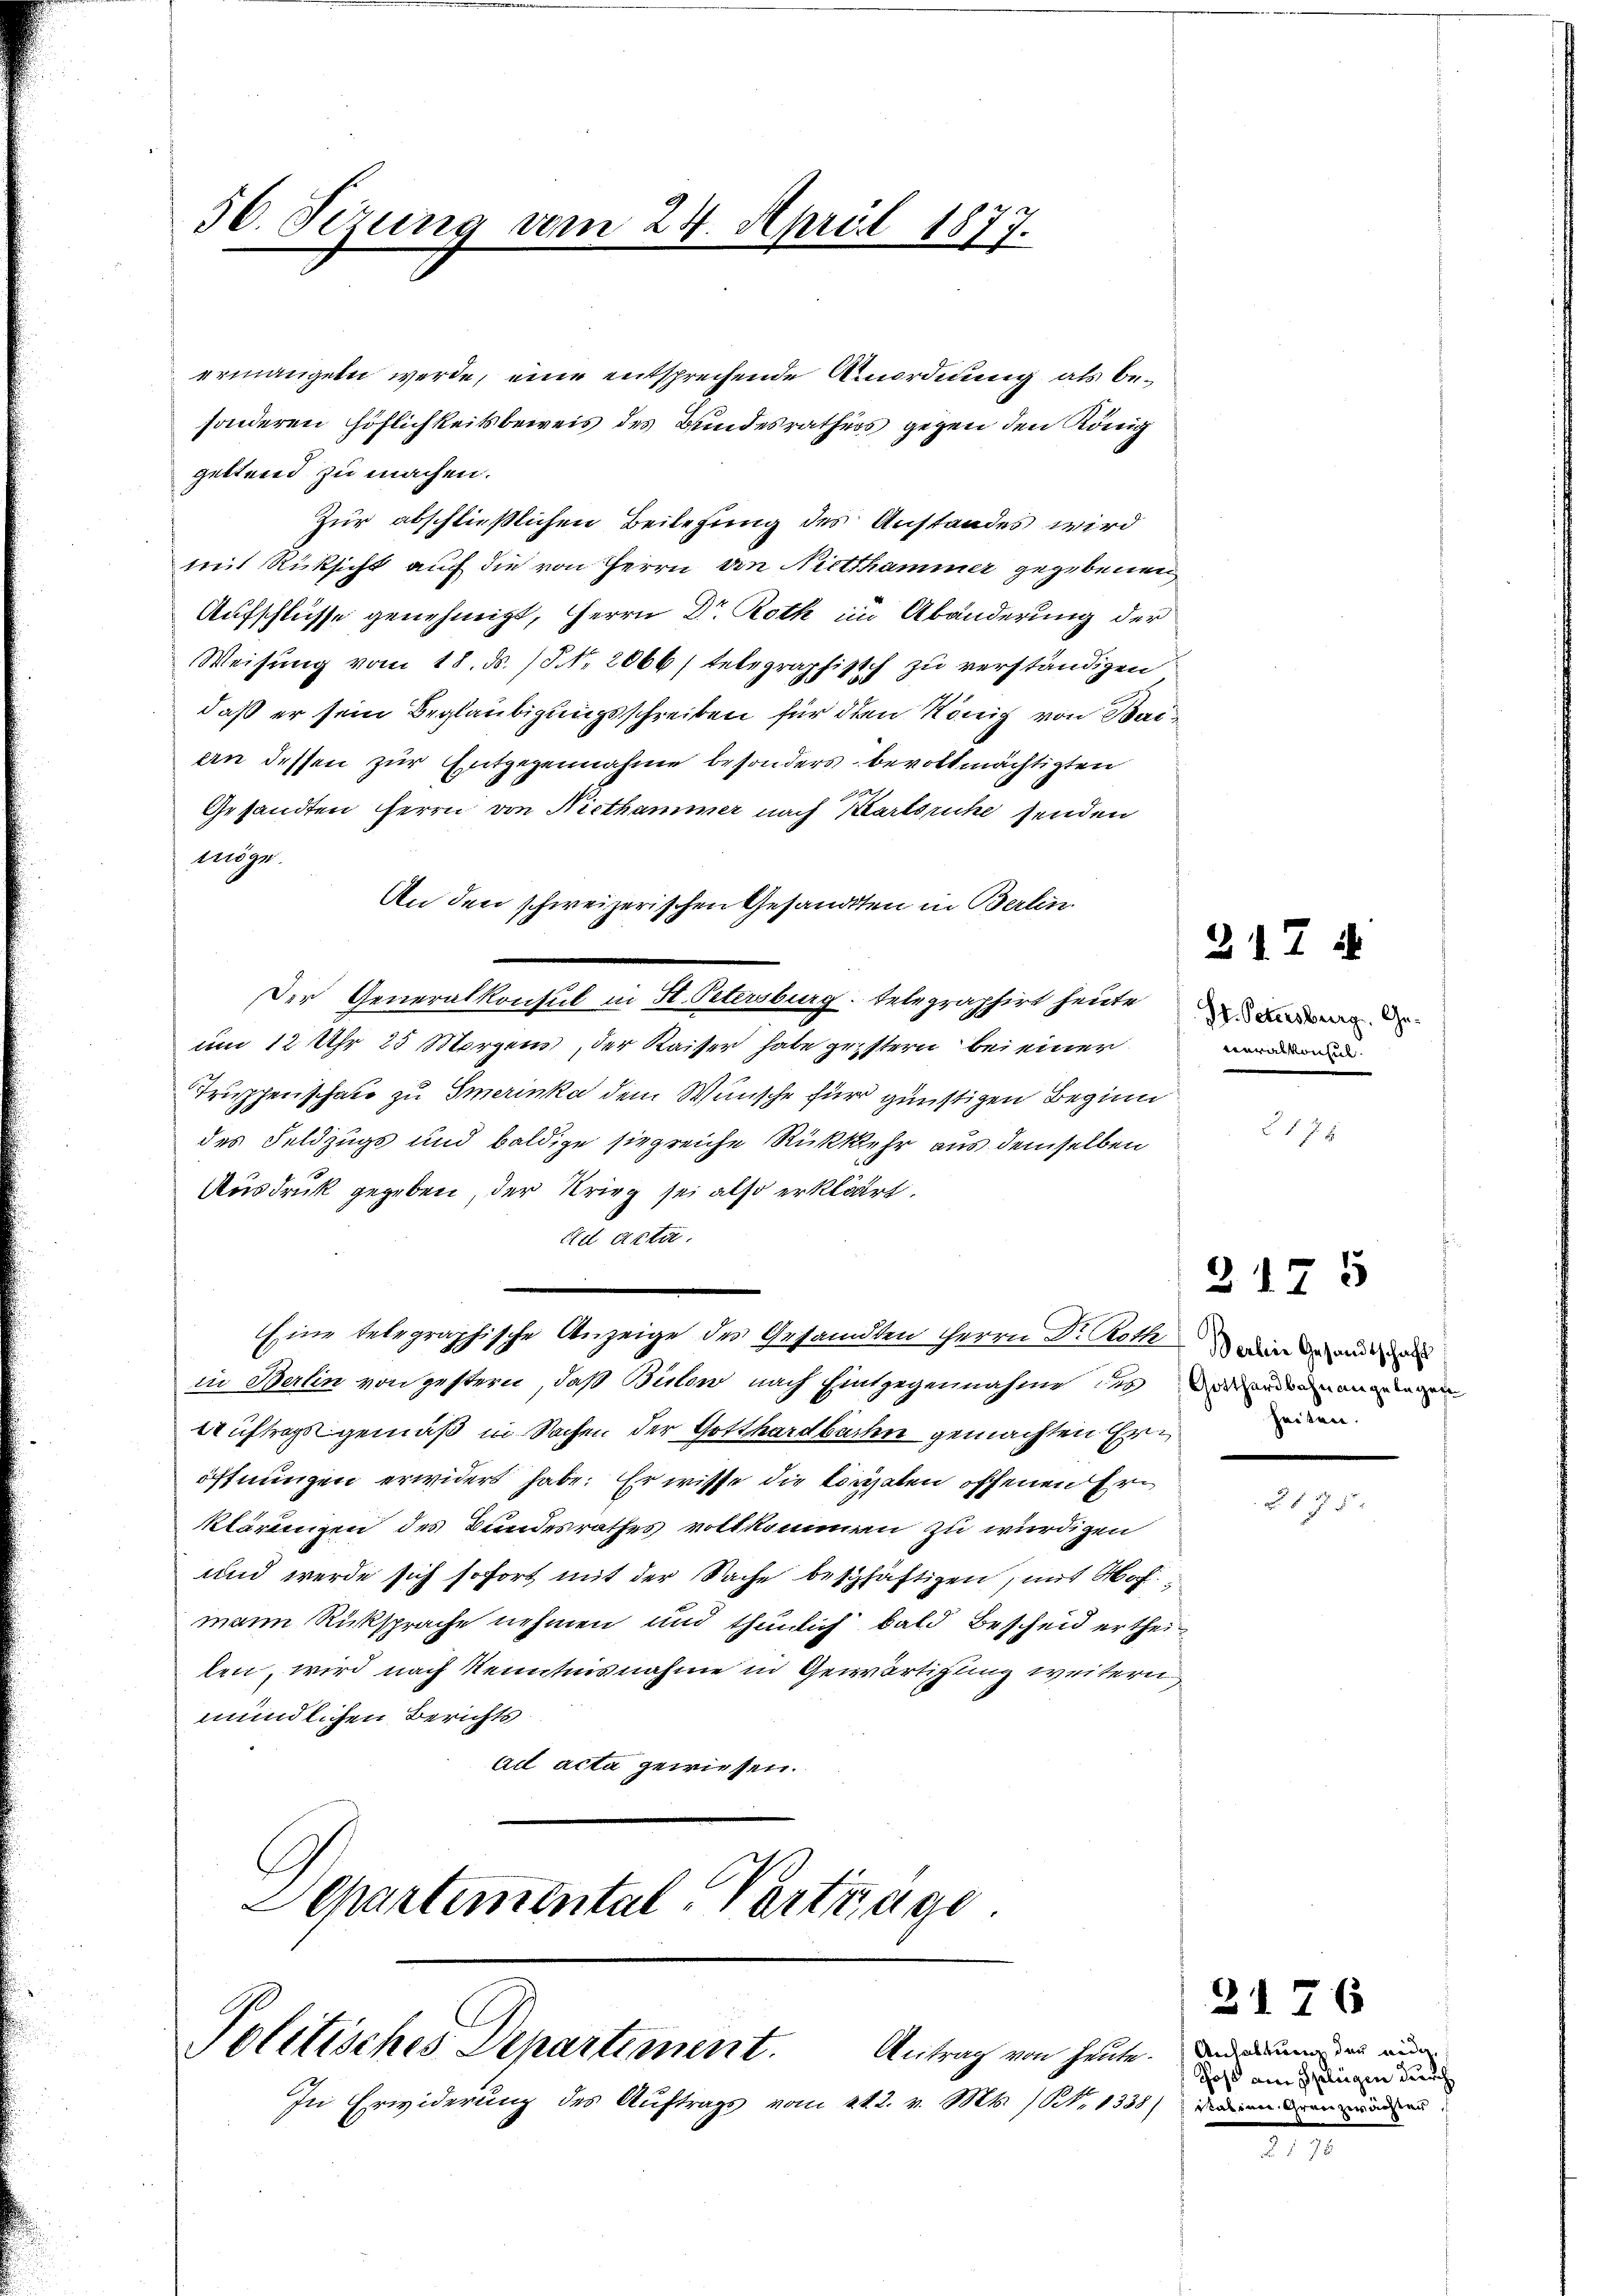
30. Sezung vom 24. April 1877.

ermangeln werde, eine entsprechende Anordnung als besonderen Höflichkeitsbeweis des Bundesrathers gegen den König
gettend zu machen.
Zür abschließlichen Beilesung des Anstandes wird
mit Rücksicht auch die von Herrn von Nietthammer gegebenen
Aufschlüsse genehmigt, Herrn Dr. Roth im Abänderung der
Weisung vom 18. d. P. Nr. 2066/ telegraphisch zu verständigen
daß er sein Beglaubigungsschreiben für dien König von Baiain dessen zur Entgegennahme besonders bevollmächtigten
Gesandten Herrn von Nicthammer nach Karlsruhe senden
möge.
An den schweizerischen Gesandten in Berlin
Der Generalkonsul in St. Petersburg telegraphirt heute
um 12 Uhr 25 Morgens der Kaiser habe geistern bei einer
Truphenschaft zu Emerinka dem Wünsche für günstigen Beginn
des Feldzugs und baldige siegreiche Rückkehr aus demselben
Ausdruck gegeben, der Krieg sei also erklärt.
d acta.
Eine belegraphische Anzeige des Gesandten Herrn Dr. Roth wird de
in Berlin von gestern, daß Bülow nach Eintgegennahme des Anwenden angen
Auftrag gemäß in Sachen der Gotthardbauen gemachten Eröffnungen erwidert habe. Er wisse die Coralen offenen Erklärungen des Bundesrathes vollkommen zu würdigen
und werde sich sofort mit der Sache beschäftigen, mit Hof
mann Rücksprache nehmen und thunlich bald Bescheid ertheilen, wird nach Kenntnisnahme in Gewärtigung weitern
mündlichen Berichts
ad acta gewiesen.
Separtemental-Portrage

Politisches Departiment. Antrag von heute.

In Erwiderung des Aŭftrags vom 21. 2. v. Mts. (N. 1338

St. Petersburg. Generalkonsul¬

217 i

217 x

heiten.

2175

7

Anhaltung der eidg.
Post am Gelegen durch
Kabinen Grenzwachter

2176